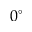
0 ^ { \circ }